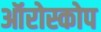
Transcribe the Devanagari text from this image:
ऑरोस्कोप